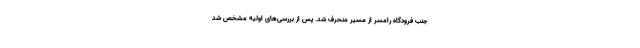
جنب فرودگاه رامسر از مسیر منحرف شد. پس از بررسی‌های اولیه مشخص شد